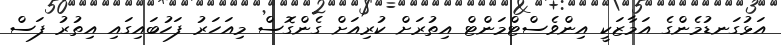
އަޅުގަނޑުމެންގެ އަމާޒަކީ އިންވެސްޓްމަންޓް އިތުރަށް ކުރިއަށް ގެންގޮސް މިއަހަރު ފަހުބައިގައި އިތުރު ފަސް